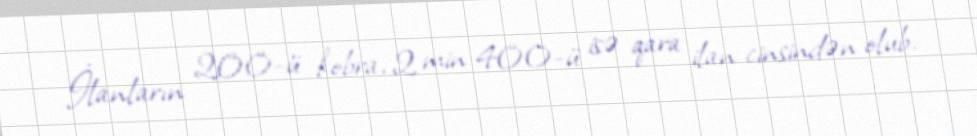
İlanların 200-ü kobra, 2 min 400-ü isə qara ilan cinsindən olub.